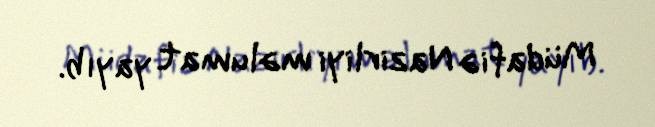
Müdafiə Nazirliyi məlumat yayıb.